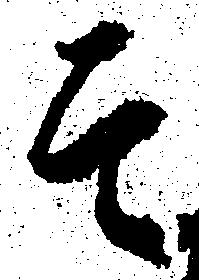
そ